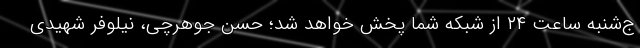
ج‌شنبه ساعت ۲۴ از شبکه شما پخش خواهد شد؛ حسن جوهرچی، نیلوفر شهیدی